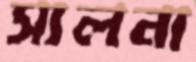
সালনা